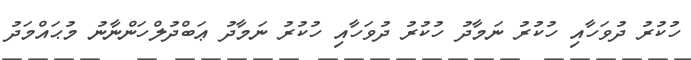
ހުކުރު ދުވަހާއި ހުކުރު ނަމާދު ހުކުރު ދުވަހާއި ހުކުރު ނަމާދު ޢަބްދުލްހަންނާނު މުޙައްމަދު